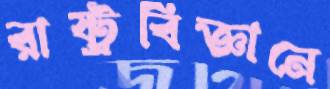
রাষ্ট্রবিজ্ঞানে